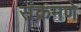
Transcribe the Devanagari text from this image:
संक्रमणे